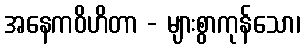
အနေကဝိဟိတာ - များစွာကုန်သော၊